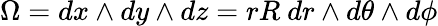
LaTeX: \Omega=dx\wedge dy\wedge dz=rR\ dr\wedge d\theta\wedge d\phi